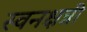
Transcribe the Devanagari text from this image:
स्वनक्षत्री